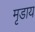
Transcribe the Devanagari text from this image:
मृडाय